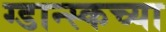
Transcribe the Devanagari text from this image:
ग्डान्स्कच्या